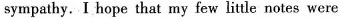
sympathy. I hope that my few little notes were